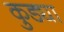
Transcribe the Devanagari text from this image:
कुड्या